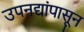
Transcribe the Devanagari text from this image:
उपनद्यांपासून